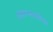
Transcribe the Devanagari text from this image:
आंतरभारतीचा